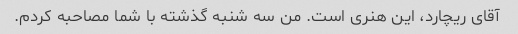
آقای ریچارد، این هنری است. من سه شنبه گذشته با شما مصاحبه کردم.